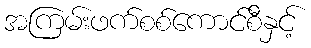
အကြမ်းဖက်စစ်ကောင်စီနှင့်